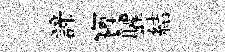
諦寶臞結